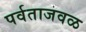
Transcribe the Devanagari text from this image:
पर्वताजवळ